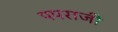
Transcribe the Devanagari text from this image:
पपराजी